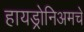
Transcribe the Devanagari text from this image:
हायड्रोनिअमचे